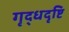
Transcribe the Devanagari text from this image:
गृद्धदृष्टि